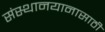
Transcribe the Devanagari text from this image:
संस्थानयानासाठी